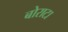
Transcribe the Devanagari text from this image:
बोराटा